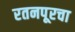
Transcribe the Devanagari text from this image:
रतनपूरचा